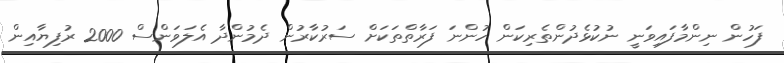
ފަހުން ނިންމާފައިވަނީ ނުކުޅެދުންތެރިކަން ހުންނަ ފަރާތްތަކަށް ސަރުކާރުން ދެމުންދާ އެލަވަންސް 2000 ރުފިޔާއިން